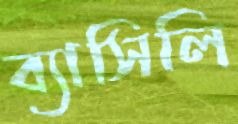
ব্যাসিলি